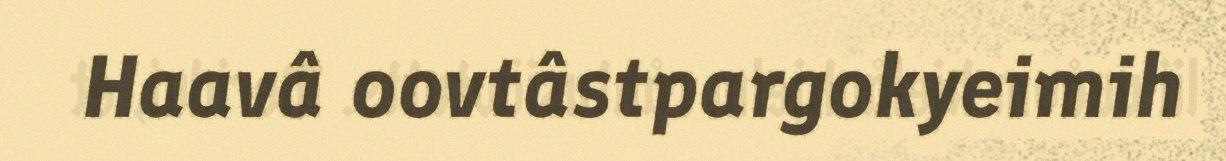
Haavâ oovtâstpargokyeimih